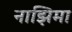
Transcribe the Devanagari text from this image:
नाझिमा